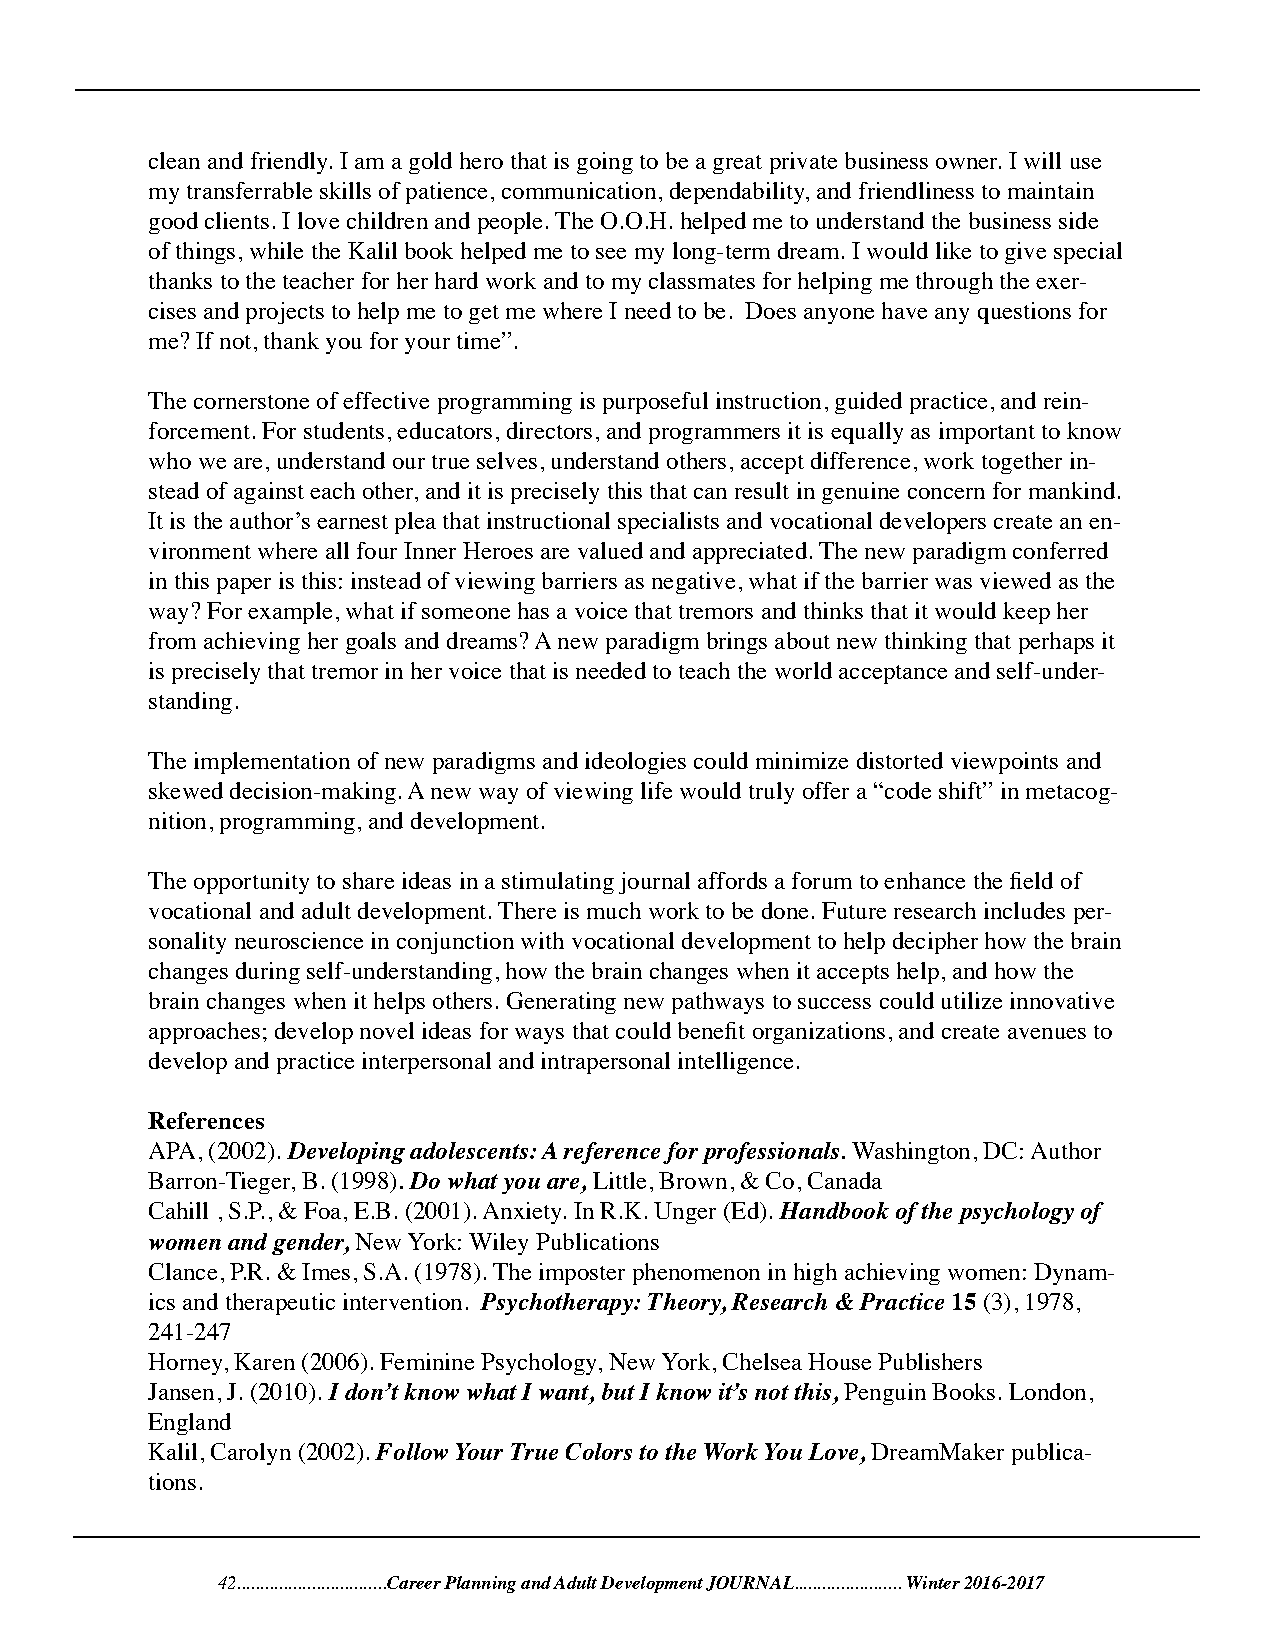
clean and friendly. I am a gold hero that is going to be a great private business owner. I will use
 my transferrable skills of patience, communication, dependability, and friendliness to maintain
 good clients. I love children and people. The O.O.H. helped me to understand the business side
 of things, while the Kalil book helped me to see my long-term dream. I would like to give special
 thanks to the teacher for her hard work and to my classmates for helping me through the exer-
 cises and projects to help me to get me where I need to be. Does anyone have any questions for
 me? If not, thank you for your time”.
 The cornerstone of effective programming is purposeful instruction, guided practice, and rein-
 forcement. For students, educators, directors, and programmers it is equally as important to know
 who we are, understand our true selves, understand others, accept difference, work together in-
 stead of against each other, and it is precisely this that can result in genuine concern for mankind.
 It is the author’s earnest plea that instructional specialists and vocational developers create an en-
 vironment where all four Inner Heroes are valued and appreciated. The new paradigm conferred
 in this paper is this: instead of viewing barriers as negative, what if the barrier was viewed as the
 way? For example, what if someone has a voice that tremors and thinks that it would keep her
 from achieving her goals and dreams? A new paradigm brings about new thinking that perhaps it
 is precisely that tremor in her voice that is needed to teach the world acceptance and self-under-
 standing.
 The implementation of new paradigms and ideologies could minimize distorted viewpoints and
 skewed decision-making. A new way of viewing life would truly offer a “code shift” in metacog-
 nition, programming, and development.
 The opportunity to share ideas in a stimulating journal affords a forum to enhance the field of
 vocational and adult development. There is much work to be done. Future research includes per-
 sonality neuroscience in conjunction with vocational development to help decipher how the brain
 changes during self-understanding, how the brain changes when it accepts help, and how the
 brain changes when it helps others. Generating new pathways to success could utilize innovative
 approaches; develop novel ideas for ways that could benefit organizations, and create avenues to
 develop and practice interpersonal and intrapersonal intelligence.
 References
 APA, (2002). Developing adolescents: A reference for professionals. Washington, DC: Author
 Barron-Tieger, B. (1998). Do what you are, Little, Brown, & Co, Canada
 Cahill , S.P., & Foa, E.B. (2001). Anxiety. In R.K. Unger (Ed). Handbook of the psychology of
 women and gender, New York: Wiley Publications
 Clance, P.R. & Imes, S.A. (1978). The imposter phenomenon in high achieving women: Dynam-
 ics and therapeutic intervention. Psychotherapy: Theory, Research & Practice 15 (3), 1978,
 241-247
 Horney, Karen (2006). Feminine Psychology, New York, Chelsea House Publishers
 Jansen, J. (2010). I don’t know what I want, but I know it’s not this, Penguin Books. London,
 England
 Kalil, Carolyn (2002). Follow Your True Colors to the Work You Love, DreamMaker publica-
 tions.
 42................................Career Planning and Adult Development JOURNAL....................... Winter 2016-2017